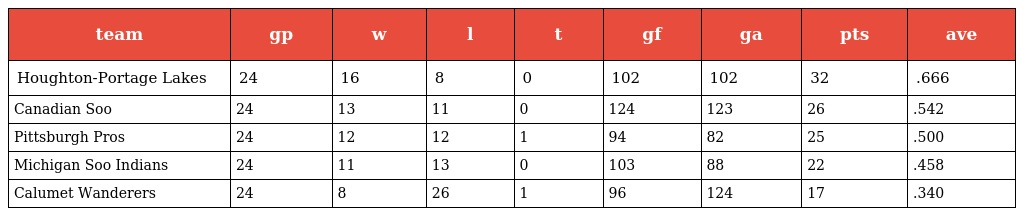
| team | gp | w | l | t | gf | ga | pts | ave |
 | --- | --- | --- | --- | --- | --- | --- | --- | --- |
 | Houghton-Portage Lakes | 24 | 16 | 8 | 0 | 102 | 102 | 32 | .666 |
 | Canadian Soo | 24 | 13 | 11 | 0 | 124 | 123 | 26 | .542 |
 | Pittsburgh Pros | 24 | 12 | 12 | 1 | 94 | 82 | 25 | .500 |
 | Michigan Soo Indians | 24 | 11 | 13 | 0 | 103 | 88 | 22 | .458 |
 | Calumet Wanderers | 24 | 8 | 26 | 1 | 96 | 124 | 17 | .340 |